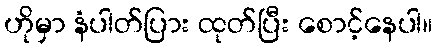
ဟိုမှာ နံပါတ်ပြား ထုတ်ပြီး စောင့်နေပါ။